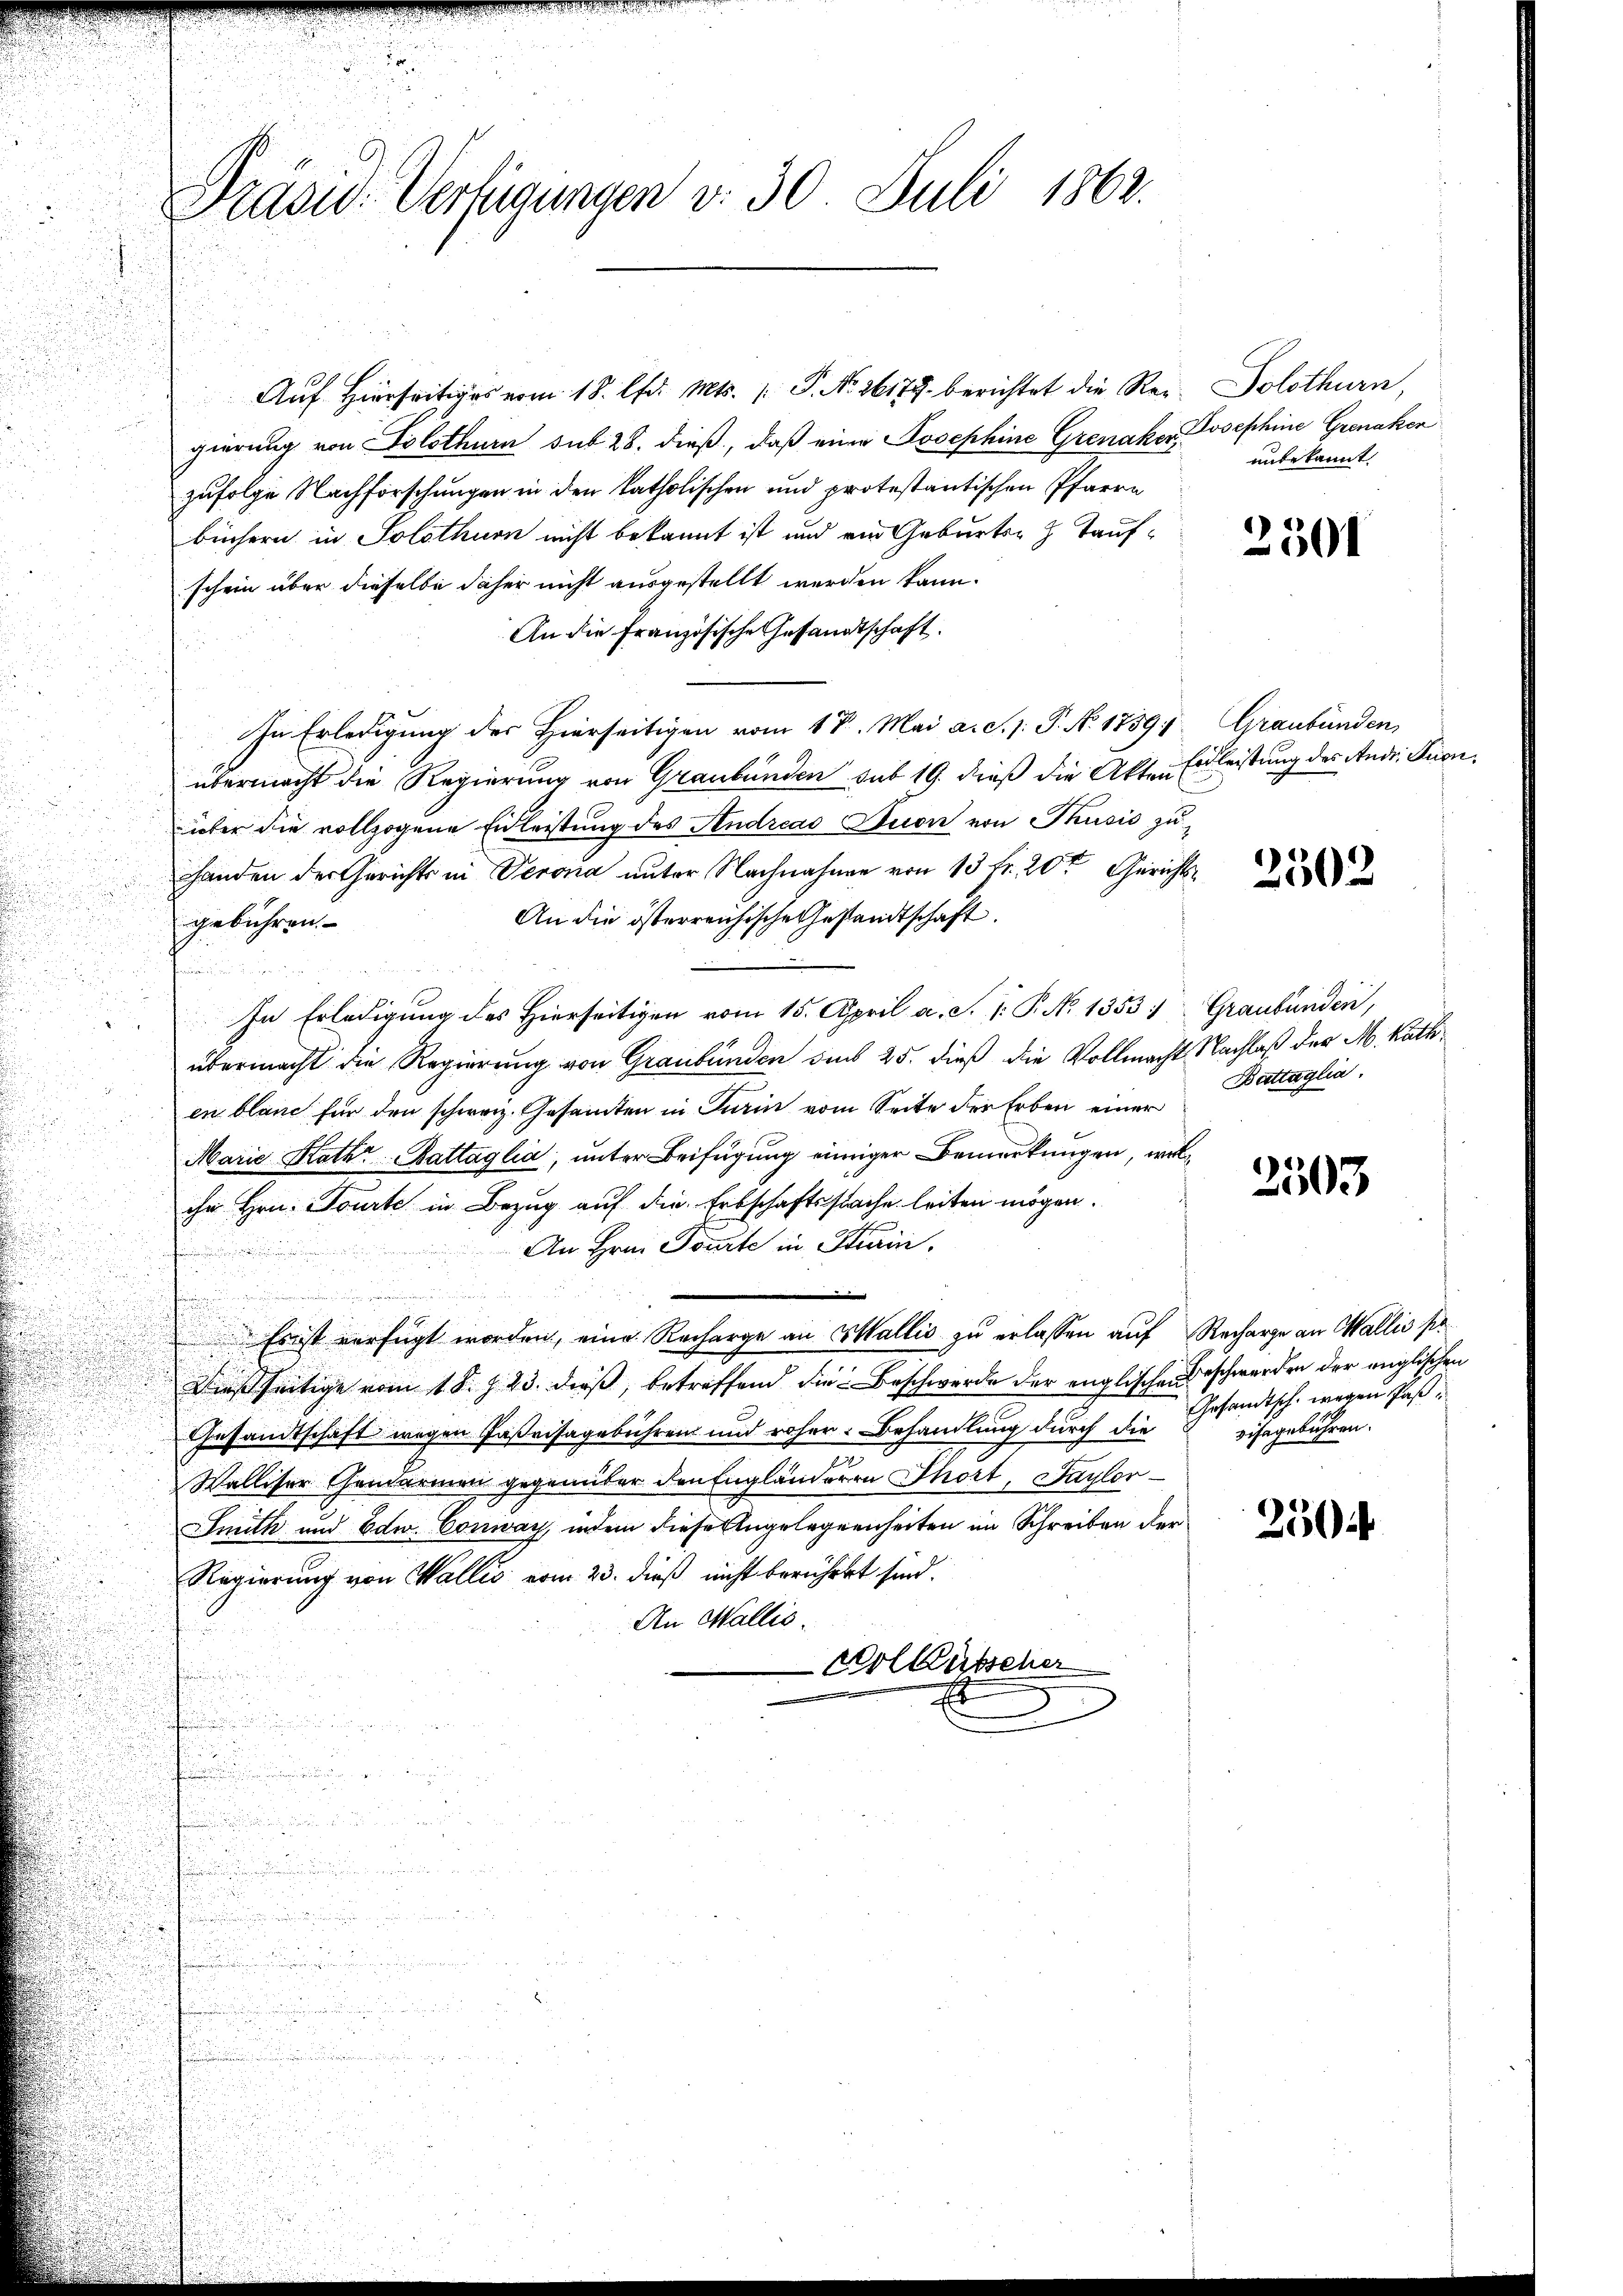
Präsid. Verfügungen v. 30. Juli 1863.

Aŭf Hierseitiges vom 18. lfd. Mts. 1. P. Nr. 26177. berichtet die Rer. Solothurn,
gierung von Solothurn sub 28. dieß, daß eine Josephine Grenaker Josephine Grenaken
zufolge Nachforschungen in den katholischen und protestantischen Pfarre
büchern in Solothurn nicht bekannt ist und am Geburts- & Taufschein über dieselbe daher nicht ausgestellt werden kann.
An die Französische Gesandtschaft.
In Erledigung des Hierseitigen vom 18. Mai a.c. s. P. N. 1789.
übermacht die Regierung von Graubünden sub 19. dieß die Akten Erleistung des Andr. Sienüber die vollzogene Eidleistung des Andreas Dion von Thusis zu¬
Handen der Gerichts in Verona unter Nachnahmen von 13 fr. 20te Gerichts¬
An die österreichische Gesandtschaft.
gebühren.

u
In Erledigung des Hierseitigen vom 15. April a. S. 1. P. No 1353) Graubünden,
2
übermacht die Regierung von Graubünden dies 25. dieß die Vollmacht Nachlaß der M. kathen blanc für den schweiz. Gesamten in Turin vom Seite der Erben einer
Marie Rath Battaglia, unter Beifügung einiger Bemerkungen, welihn Hrn. Tourte in Bezug auf die Erbschaftssache leiten mögen.
An Hrn. Toute in Krain.
.
n
5
.
Ernst verfügt worden, eine Recharge an Wallis zu erlassen auf Recharge an Wallis pe
Dießseitige vom 1. d. J. 23. dieß, betreffend die Beschwerde der englischen Beschwerden der englischen
Gesandtschaft wegen Paßvisagebühren und roher. Behandlung durch die
m
Walliser Gemarmen gegenüber den Engländeren Thort, Sayler-
Inth und Edw. Conway, indem diese Engelegenheiten im Schreiben der
Regierung von Wallis vom 23. dieß nicht berühret sind.
An Wallis.
Kolkütscher

unbekannt.

2501

Graubünden

2502

Battaglia.

2503

Gesandtsch wegen Paß u
visagebühren.

250